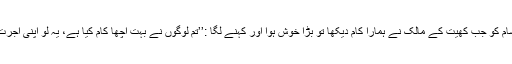
شام کو جب کھیت کے مالک نے ہمارا کام دیکھا تو بڑا خوش ہوا اور کہنے لگا :’’تم لوگوں نے بہت اچھا کام کیا ہے، یہ لو اپنی اُجرت۔